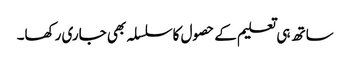
ساتھ ہی تعلیم کے حصول کاسلسلہ بھی جاری رکھا۔